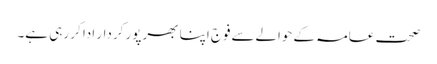
صحت عامہ کےحوالےسےفوج اپنا بھرپور کردار ادا کر رہی ہے۔